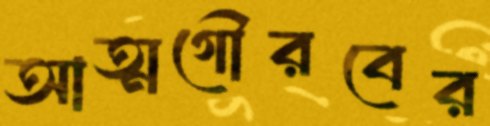
আত্মগৌরবের